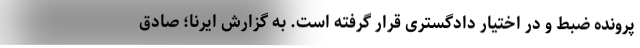
پرونده ضبط و در اختیار دادگستری قرار گرفته است. به گزارش ایرنا؛ صادق